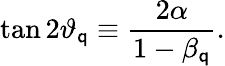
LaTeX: \tan2\vartheta_{\mathsf{q}}\equiv\frac{{2\alpha}}{{1-\beta_{\mathsf{q}}}}.